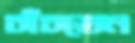
চাঁচতেন